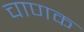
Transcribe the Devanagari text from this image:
चाणक